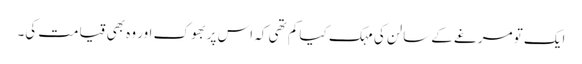
ایک تو مرغے کے سالن کی مہک کیا کم تھی کہ اس پر بھوک اور وہ بھی قیامت کی۔